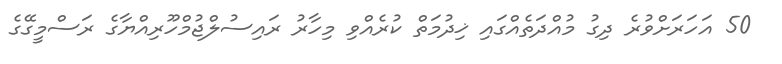
50 އަހަރަށްވުރެ ދިގު މުއްދަތެއްގައި ޚިދުމަތް ކުރެއްވި މިހާރު ރައިސުލްޖުމްހޫރިއްޔާގެ ރަސްމީގޭގެ